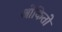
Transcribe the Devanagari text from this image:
ओकितो